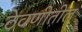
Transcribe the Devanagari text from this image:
ठेवणीतील